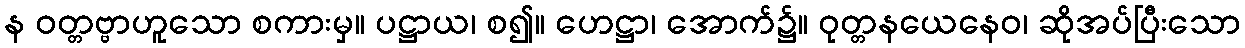
န ဝတ္တဗ္ဗာဟူသော စကားမှ။ ပဋ္ဌာယ၊ စ၍။ ဟေဋ္ဌာ၊ အောက်၌။ ဝုတ္တနယေနေဝ၊ ဆိုအပ်ပြီးသော